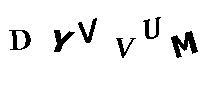
DYVVUM